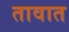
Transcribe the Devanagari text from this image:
तावात